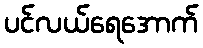
ပင်လယ်ရေအောက်